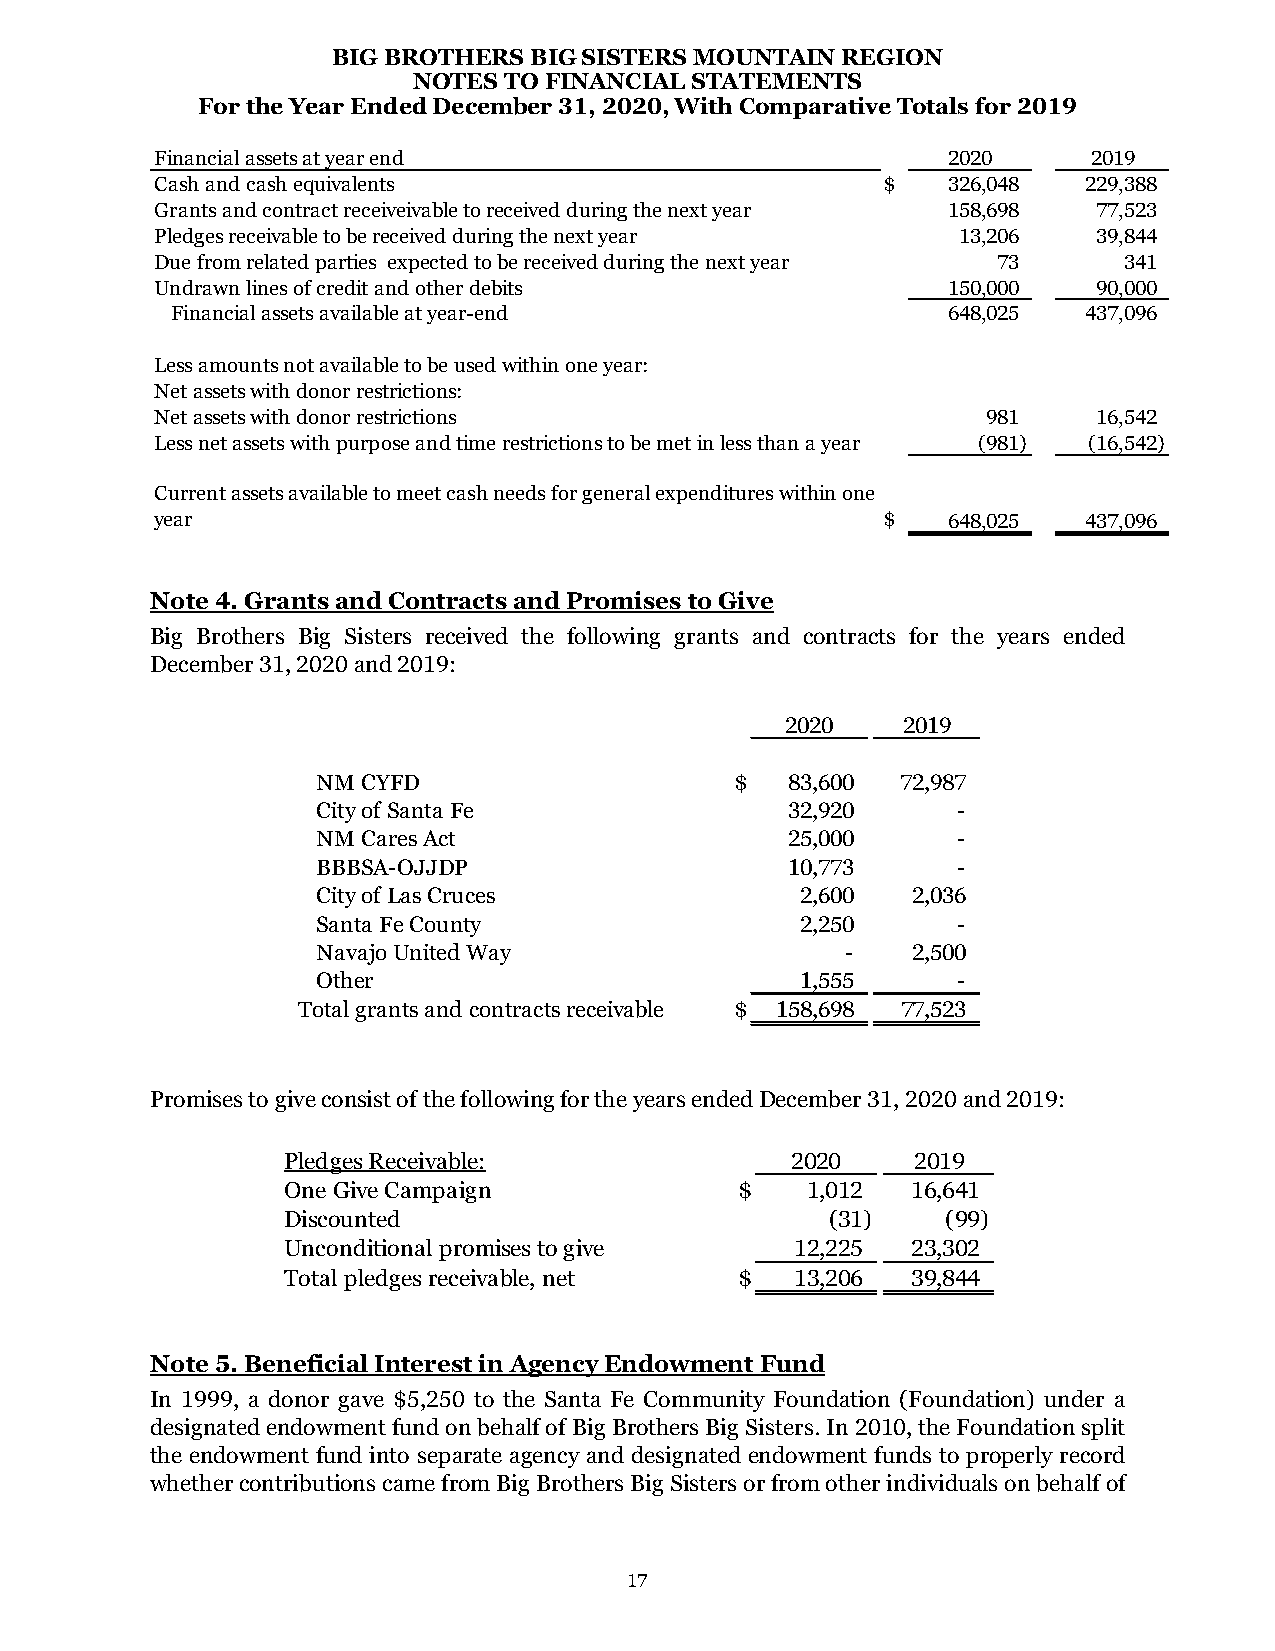
BIG BROTHERS BIG SISTERS MOUNTAIN REGION
 NOTES TO FINANCIAL STATEMENTS
 For the Year Ended December 31, 2020, With Comparative Totals for 2019
 Financial assets at year end                         2020     2019
 Cash and cash equivalents                       $    3 26,048 229,388
 Grants and contract receiveivable to received during the next year 158,698 77,523
 Pledges receivable to be received during the next year 13,206  39,844
 Due from related parties expected to be received during the next year 73 341
 Undrawn lines of credit and other debits             1 50,000  90,000
 Financial assets available at year-end              6 48,025 437,096
 Less amounts not available to be used within one year:
 Net assets with donor restrictions:
 Net assets with donor restrictions                     9 81    16,542
 Less net assets with purpose and time restrictions to be met in less than a year (981) (16,542)
 Current assets available to meet cash needs for general expenditures within one
 year                                            $    6 48,025 437,096
 Note 4. Grants and Contracts and Promises to Give
 Big Brothers Big Sisters received the following grants and contracts for the years ended
 December 31, 2020 and 2019:
 2020    2019
 NM CYFD                     $  83,600  72,987
 City of Santa Fe               3 2,920    -
 NM Cares Act                   2 5,000    -
 BBBSA-OJJDP                    1 0,773    -
 City of Las Cruces              2 ,600 2,036
 Santa Fe County                 2 ,250    -
 Navajo United Way                  -   2,500
 Other                           1 ,555    -
 Total grants and contracts receivable $ 1 58,698 77,523
 Promises to give consist of the following for the years ended December 31, 2020 and 2019:
 Pledges Receivable:              2020     2019
 One Give Campaign             $   1 ,012 16,641
 Discounted                          (31)    (99)
 Unconditional promises to give    1 2,225 23,302
 Total pledges receivable, net $   1 3,206 39,844
 Note 5. Beneficial Interest in Agency Endowment Fund
 In 1999, a donor gave $5,250 to the Santa Fe Community Foundation (Foundation) under a
 designated endowment fund on behalf of Big Brothers Big Sisters. In 2010, the Foundation split
 the endowment fund into separate agency and designated endowment funds to properly record
 whether contributions came from Big Brothers Big Sisters or from other individuals on behalf of
 17